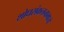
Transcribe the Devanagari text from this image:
शोधसंकलनामध्ये